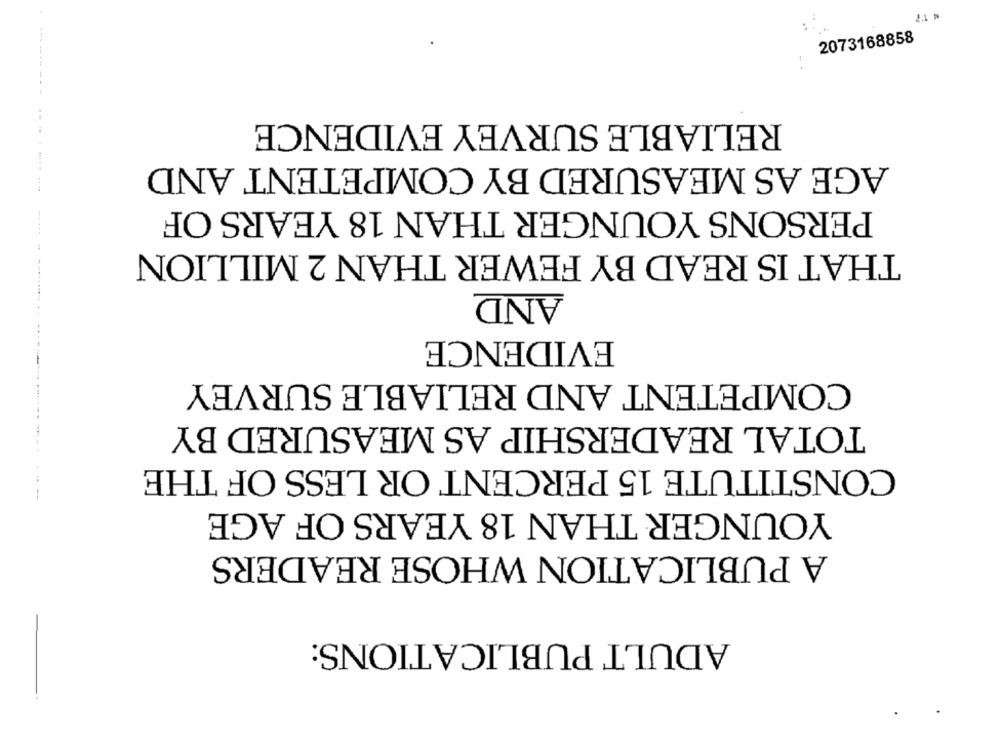
2073168858
RELIABLE SURVEY EVIDENCE
---
AGE AS MEASURED BY COMPETENT AND
** 18
PERSONS YOUNGER THAN 18 YEARS OF
THAT IS READ BY FEWER THAN 2 MILLION
AND
EVIDENCE
COMPETENT AND RELIABLE SURVEY
---------
TOTAL READERSHIP AS MEASURED BY
CONSTITUTE 15 PERCENT OR LESS OF THE
YOUNGER THAN 18 YEARS OF AGE
A PUBLICATION WHOSE READERS
ADULT PUBLICATIONS: